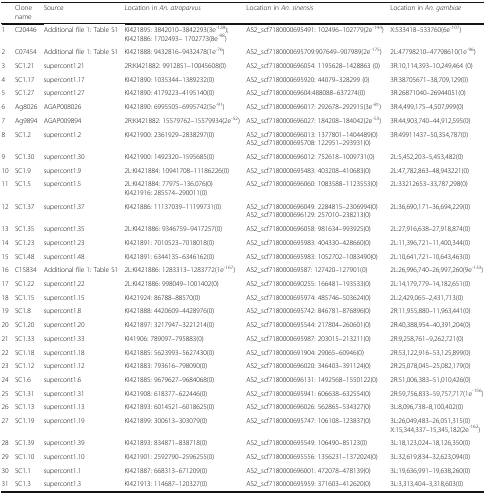
<table><thead><tr><td></td><td><b>Clone name</b></td><td><b>Source</b></td><td><b>Location in <i>An. atroparvus</i></b></td><td><b>Location in <i>An. sinensis</i></b></td><td><b>Location in <i>An. gambiae</i></b></td></tr></thead><tbody><tr><td>1</td><td>C20446</td><td>Additional file 1: Table S1</td><td>KI421895: 3842010–3842293(3e<sup>-128</sup>);KI421886: 1702493– 1702773(8e<sup>-98</sup>)</td><td>AS2_scf7180000695491: 102496–102779(2e<sup>-144</sup>)</td><td>X:533418–533760(6e<sup>-107</sup>)</td></tr><tr><td>2</td><td>C07454</td><td>Additional file 1: Table S1</td><td>KI421888: 9432816–9432478(1e<sup>-76</sup>)</td><td>AS2_scf7180000695709:907649–907989(2e<sup>-175</sup>)</td><td>2L:47798210–47798610(1e<sup>-96</sup>)</td></tr><tr><td>3</td><td>SC1.21</td><td>supercont1.21</td><td>2R:KI421882: 9912851–10045608(0)</td><td>AS2_scf7180000696054: 1195628–1428863 (0)</td><td>3R:10,114,393–10,249,464 (0)</td></tr><tr><td>4</td><td>SC1.17</td><td>supercont1.17</td><td>KI421890: 1035344–1389232(0)</td><td>AS2_scf7180000695920: 44079–328299 (0)</td><td>3R:38705671–38,709,129(0)</td></tr><tr><td>5</td><td>SC1.27</td><td>supercont1.27</td><td>KI421890: 4179223–4195140(0)</td><td>AS2_scf718000069604:488088–637274(0)</td><td>3R:26871040–26944051(0)</td></tr><tr><td>6</td><td>Ag8026</td><td>AGAP008026</td><td>KI421890: 6995505–6995742(5e<sup>-91</sup>)</td><td>AS2_scf7180000696017: 292678–292915(3e<sup>-81</sup>)</td><td>3R:4,499,175–4,507,999(0)</td></tr><tr><td>7</td><td>Ag9894</td><td>AGAP009894</td><td>2R:KI421882: 15579762–15579934(2e<sup>-52</sup>)</td><td>AS2_scf7180000696027: 184208–184042(2e<sup>-53</sup>)</td><td>3R:44,903,740–44,912,595(0)</td></tr><tr><td>8</td><td>SC1.2</td><td>supercont1.2</td><td>KI421900: 2361929–2838297(0)</td><td>AS2_scf7180000696013: 1377801–1404489(0)AS2_scf7180000695708: 122951–293931(0)</td><td>3R:49911437–50,354,787(0)</td></tr><tr><td>9</td><td>SC1.30</td><td>supercont1.30</td><td>KI421900: 1492320–1595685(0)</td><td>AS2_scf7180000696012: 752618–1009731(0)</td><td>2L:5,452,203–5,453,482(0)</td></tr><tr><td>10</td><td>SC1.9</td><td>supercont1.9</td><td>2L:KI421884: 10941708–11186226(0)</td><td>AS2_scf7180000695483: 403208–410683(0)</td><td>2L:47,782,863–48,943221(0)</td></tr><tr><td>11</td><td>SC1.5</td><td>supercont1.5</td><td>2L:KI421884: 77975–136.076(0)KI421916: 285574–290011(0)</td><td>AS2_scf7180000696060: 1083588–1123553(0)</td><td>2L:33212653–33,787,298(0)</td></tr><tr><td>12</td><td>SC1.37</td><td>supercont1.37</td><td>KI421886: 11137039–11199731(0)</td><td>AS2_scf7180000696049: 2284815–2306994(0)AS2_scf7180000696129: 257010–238213(0)</td><td>2L:36,690,171–36,694,229(0)</td></tr><tr><td>13</td><td>SC1.35</td><td>supercont1.35</td><td>2L:KI421886: 9346759–9417257(0)</td><td>AS2_scf7180000696058: 981634–993925(0)</td><td>2L:27,916,638–27,918,874(0)</td></tr><tr><td>14</td><td>SC1.23</td><td>supercont1.23</td><td>KI421891: 7010523–7018018(0)</td><td>AS2_scf7180000695983: 404330–428660(0)</td><td>2L:11,396,721–11,400,344(0)</td></tr><tr><td>15</td><td>SC1.48</td><td>supercont1.48</td><td>KI421891: 6344135–6346162(0)</td><td>AS2_scf7180000695983: 1052702–1083490(0)</td><td>2L:10,641,721–10,643,463(0)</td></tr><tr><td>16</td><td>C15834</td><td>Additional file 1: Table S1</td><td>2L:KI421886: 1283313–1283772(1e<sup>-</sup><sup>167</sup>)</td><td>AS2_scf718000069587: 127420–127901(0)</td><td>2L:26,996,740–26,997,260(9e<sup>-133</sup>)</td></tr><tr><td>17</td><td>SC1.22</td><td>supercont1.22</td><td>2L:KI421886: 998049–1001402(0)</td><td>AS2_scf7180000690255: 166481–193533(0)</td><td>2L:14,179,779–14,182,651(0)</td></tr><tr><td>18</td><td>SC1.15</td><td>supercont1.15</td><td>KI421924: 86788–88570(0)</td><td>AS2_scf7180000695974: 485746–503624(0)</td><td>2L:2,429,065–2,431,713(0)</td></tr><tr><td>19</td><td>SC1.8</td><td>supercont1.8</td><td>KI421888: 4420609–4428976(0)</td><td>AS2_scf7180000695742: 846781–876896(0)</td><td>2R:11,955,880–11,963,441(0)</td></tr><tr><td>20</td><td>SC1.20</td><td>supercont1.20</td><td>KI421897: 3217947–3221214(0)</td><td>AS2_scf7180000695544: 217804–260601(0)</td><td>2R:40,388,954–40,391,204(0)</td></tr><tr><td>21</td><td>SC1.33</td><td>supercont1.33</td><td>KI41906: 789097–795883(0)</td><td>AS2_scf7180000695987: 203015–213211(0)</td><td>2R:9,258,761–9,262,721(0)</td></tr><tr><td>22</td><td>SC1.18</td><td>supercont1.18</td><td>KI421885: 5623993–5627430(0)</td><td>AS2_scf7180000691904: 29065–60946(0)</td><td>2R:53,122,916–53,125,899(0)</td></tr><tr><td>23</td><td>SC1.12</td><td>supercont1.12</td><td>KI421883: 793616–798090(0)</td><td>AS2_scf7180000696020: 346403–391124(0)</td><td>2R:25,078,045–25,082,179(0)</td></tr><tr><td>24</td><td>SC1.6</td><td>supercont1.6</td><td>KI421885: 9679627–9684068(0)</td><td>AS2_scf7180000696131: 1492568–1550122(0)</td><td>2R:51,006,383–51,010,426(0)</td></tr><tr><td>25</td><td>SC1.31</td><td>supercont1.31</td><td>KI421908: 618377–622446(0)</td><td>AS2_scf7180000695941: 606638–632554(0)</td><td>2R:59,756,833–59,757,717(1e<sup>-156</sup>)</td></tr><tr><td>26</td><td>SC1.13</td><td>supercont1.13</td><td>KI421893: 6014521–6018625(0)</td><td>AS2_scf7180000696026: 562865–534327(0)</td><td>3L:8,096,738–8,100,402(0)</td></tr><tr><td>27</td><td>SC1.19</td><td>supercont1.19</td><td>KI421899: 300613–303079(0)</td><td>AS2_scf7180000695747: 106108–123837(0)</td><td>3L:26,049,483–26,051,315(0)X:15,344,337–15,345,182(2e<sup>-162</sup>)</td></tr><tr><td>28</td><td>SC1.39</td><td>supercont1.39</td><td>KI421893: 834871–838718(0)</td><td>AS2_scf7180000695549: 106490–85123(0)</td><td>3L:18,123,024–18,126,350(0)</td></tr><tr><td>29</td><td>SC1.10</td><td>supercont1.10</td><td>KI421901: 2592790–2596255(0)</td><td>AS2_scf7180000695556: 1356231–1372024(0)</td><td>3L:32,619,834–32,623,094(0)</td></tr><tr><td>30</td><td>SC1.1</td><td>supercont1.1</td><td>KI421887: 668313–671209(0)</td><td>AS2_scf7180000696001: 472078–478139(0)</td><td>3L:19,636,991–19,638,260(0)</td></tr><tr><td>31</td><td>SC1.3</td><td>supercont1.3</td><td>KI421913: 114687–120327(0)</td><td>AS2_scf7180000695959: 371603–412620(0)</td><td>3L:3,313,404–3,318,603(0)</td></tr></tbody></table>